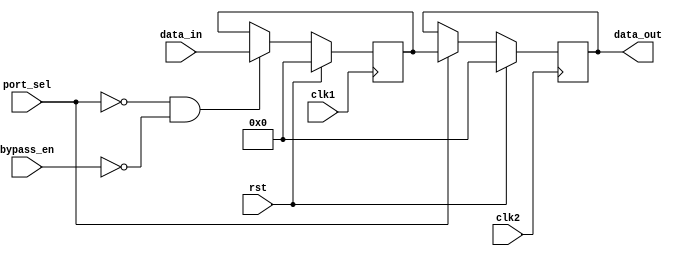
module dual_port_bypass_register (
    input wire clk1,
    input wire clk2,
    input wire rst,
    
    input wire [DATA_WIDTH-1:0] data_in,
    input wire [PORT_SEL_WIDTH-1:0] port_sel,
    input wire bypass_en,
    
    output reg [DATA_WIDTH-1:0] data_out
);

parameter DATA_WIDTH = 8; // define data width
parameter PORT_SEL_WIDTH = 1; // define port selection width

reg [DATA_WIDTH-1:0] reg_data;

always @(posedge clk1) begin
    if (rst) begin
        reg_data <= 0;
    end else begin
        if (port_sel == 0 && !bypass_en) begin
            reg_data <= data_in;
        end
    end
end

always @(posedge clk2) begin
    if (rst) begin
        data_out <= 0;
    end else begin
        if (port_sel == 1) begin
            data_out <= reg_data;
        end
    end
end

endmodule